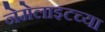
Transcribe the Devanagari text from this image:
नेमेलाइटच्या